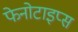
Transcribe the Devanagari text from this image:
फेनोटाइप्स